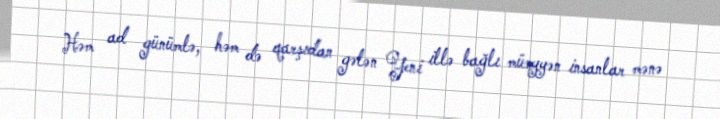
Həm ad günümlə, həm də qarşıdan gələn Yeni illə bağlı müəyyən insanlar mənə